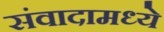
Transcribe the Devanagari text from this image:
संवादामध्ये